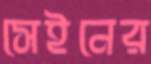
সেইনের